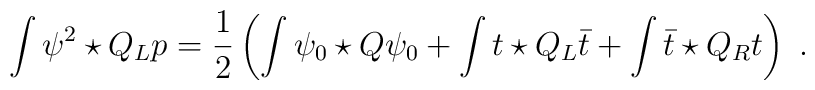
\int \psi^2\star Q_L p = \frac{1}{2}\left(\int \psi_0 \star Q\psi_0+\int t \star Q_L  \bar t + \int \bar t \star Q_R t\right)\,\,.